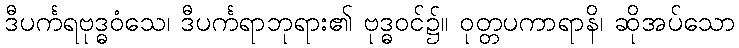
ဒီပင်္ကရဗုဒ္ဓဝံသေ၊ ဒီပင်္ကရာဘုရား၏ ဗုဒ္ဓဝင်၌။ ဝုတ္တပကာရာနိ၊ ဆိုအပ်သော